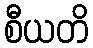
စီယတိ